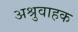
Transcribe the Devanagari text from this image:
अश्रुवाहक